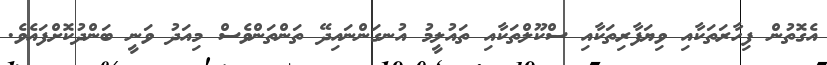
އެގޮތުން ފިހާރަތަކާއި ވިޔަފާރިތަކާއި ސްކޫލްތަކާއި ތައުލީމު އުނގަންނައިދޭ ތަންތަންވެސް މިއަދު ވަނީ ބަންދުކޮށްފައެވެ.